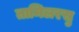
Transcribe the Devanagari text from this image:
तामिलरसु